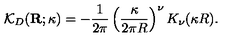
{ \mathcal K } _ { { D } } ( { \bf R } ; \kappa ) = - \frac { 1 } { 2 \pi } \left( \frac { \kappa } { 2 \pi R } \right) ^ { \nu } K _ { \nu } ( \kappa R ) .